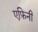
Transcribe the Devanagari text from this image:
एफ़िनी